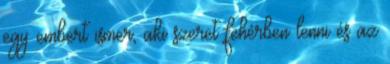
egy embert ismer, aki szeret fehérben lenni és az